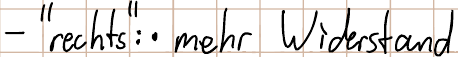
- "rechts": mehr Widerstand